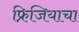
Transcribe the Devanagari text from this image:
फ्रिजियाचा